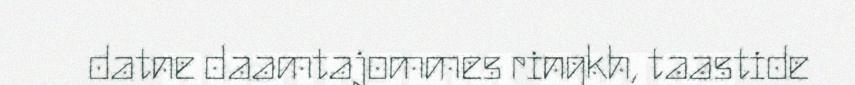
datne daamtajommes ringkh, taastide